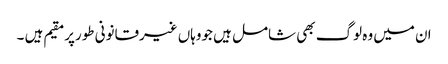
ان میں وہ لوگ بھی شامل ہیں جووہاں غیرقانونی طورپرمقیم ہیں ۔